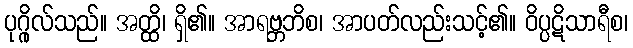
ပုဂ္ဂိုလ်သည်။ အတ္ထိ၊ ရှိ၏။ အာရဗ္ဘဘိစ၊ အာပတ်လည်းသင့်၏။ ဝိပ္ပဋိသာရီစ၊